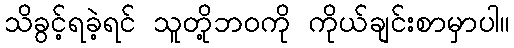
သိခွင့်ရခဲ့ရင် သူတို့ဘဝကို ကိုယ်ချင်းစာမှာပါ။